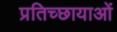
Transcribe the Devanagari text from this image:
प्रतिच्छायाओं